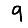
Digit: 9